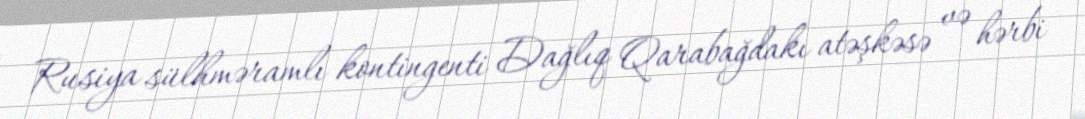
Rusiya sülhməramlı kontingenti Dağlıq Qarabağdakı atəşkəsə və hərbi